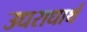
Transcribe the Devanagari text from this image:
उधराधार्थ